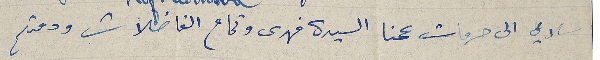
سلامي الى حرمات عمنا السيدة فهدى وتمام الفاضلات ودمتم